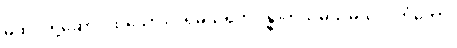
မထိုင်တို့ဆောင်ထသော။ ပရမသုရဘိဝန္ဓာတုသုမသမသလင်္ကတော၊